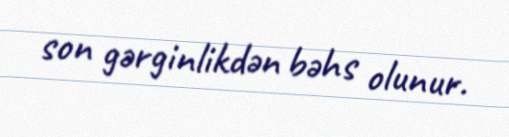
son gərginlikdən bəhs olunur.